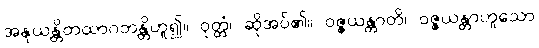
အနုယန္တိတထာဂတန္တိဟူ၍။ ဝုတ္တံ၊ ဆိုအပ်၏။ ဝဇ္ဇယန္တာတိ၊ ဝဇ္ဇယန္တာဟူသော